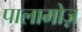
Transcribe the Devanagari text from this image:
पालामोज़